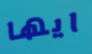
ايها